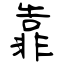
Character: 靠